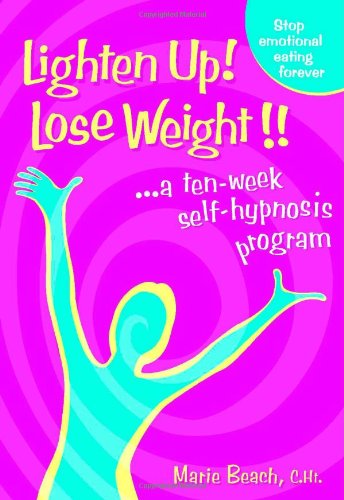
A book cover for Lighten Up! Lose Weight!: A 10 Week Self-Hypnosis Program; Marie H. Beach; Health, Fitness & Dieting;